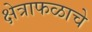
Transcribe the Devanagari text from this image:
क्षेत्राफळाचे